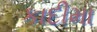
કાદીમા